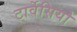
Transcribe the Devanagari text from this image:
टार्वेसियो